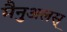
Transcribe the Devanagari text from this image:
मैनुअलस्